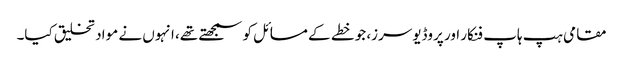
مقامی ہپ ہاپ فنکار اور پروڈیوسرز، جو خطے کے مسائل کو سمجھتے تھے، انہوں نے مواد تخلیق کیا۔